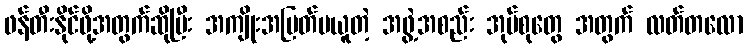
ဖန်တီးနိုင်ဖို့အတွက်ဆိုပြီး အကျိုးအမြတ်မယူတဲ့ အဖွဲ့အစည်း အုပ်စုတွေ အတွက် လတ်တလော